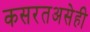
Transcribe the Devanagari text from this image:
कसरतअसेही